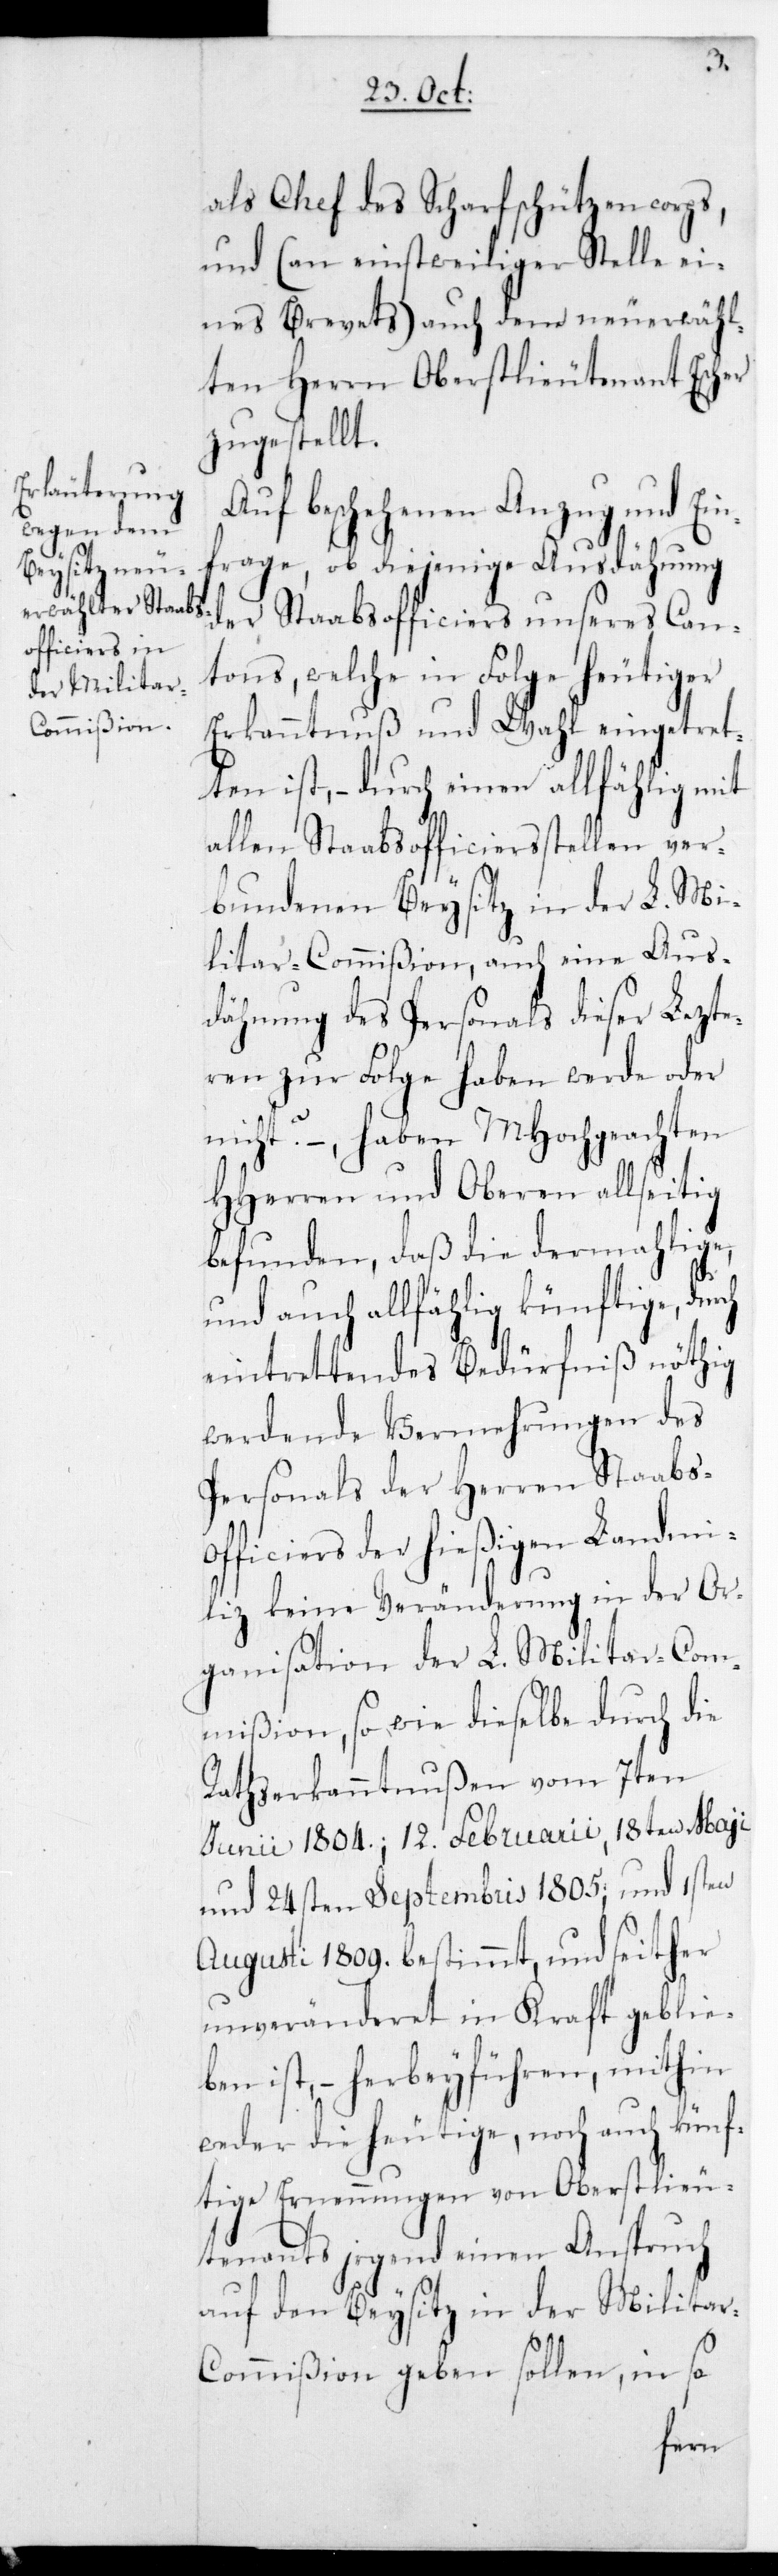
als Chef des Scharfschützencorps,
und (an einstweiliger Stelle ei¬
nes Brevets) auch dem neuerwähl¬
ten Herrn Oberstlieutenant Escher
zugestellt.
Auf beschehenen Anzug und Ein¬
frage, ob diejenige Ausdähnung
der Stabsofficiers unseres Can¬
tons, welche in Folge heutiger
Erkanntnuß und Wahl eingetret¬
ten ist, – durch einen allfählig mit
allen Stabsofficiersstellen ver¬
bundenen Beysitz in der L. Mi¬
litar-Commißion, auch eine Aus¬
dehnung des Personals dieser Lezte¬
ren zur Folge haben werde oder
nicht? –, haben MHochgeachten
HHerren und Oberen allseitig
befunden, daß die dermahlige,
und auch allfählig künftige, du¬
eintrettendes Bedürfniß nöthig
werdende Vermehrungen des
Personals der Herren Staabs¬
officiers der hießigen Landmi¬
liz keine Veränderung in der Or¬
ganisation der L. Militar-Com¬
mißion, so wie dieselbe durch die
Rathserkanntnußen vom 7ten
Junii 1804., 12. Februarii, 18ten Mayi
und 24sten Septembris 1805; und 1sten
Augusti 1809. bestimmt, und seither
unveränderet in Kraft geblie¬
ben ist, – herbeyführen, mithin
weder die heutige noch auch künf¬
tige Ernennungen von Oberstlieu¬
tenants irgend einen Anspruch
auf den Beysitz in der Milita¬
r-Commißion geben sollen, in so
rch